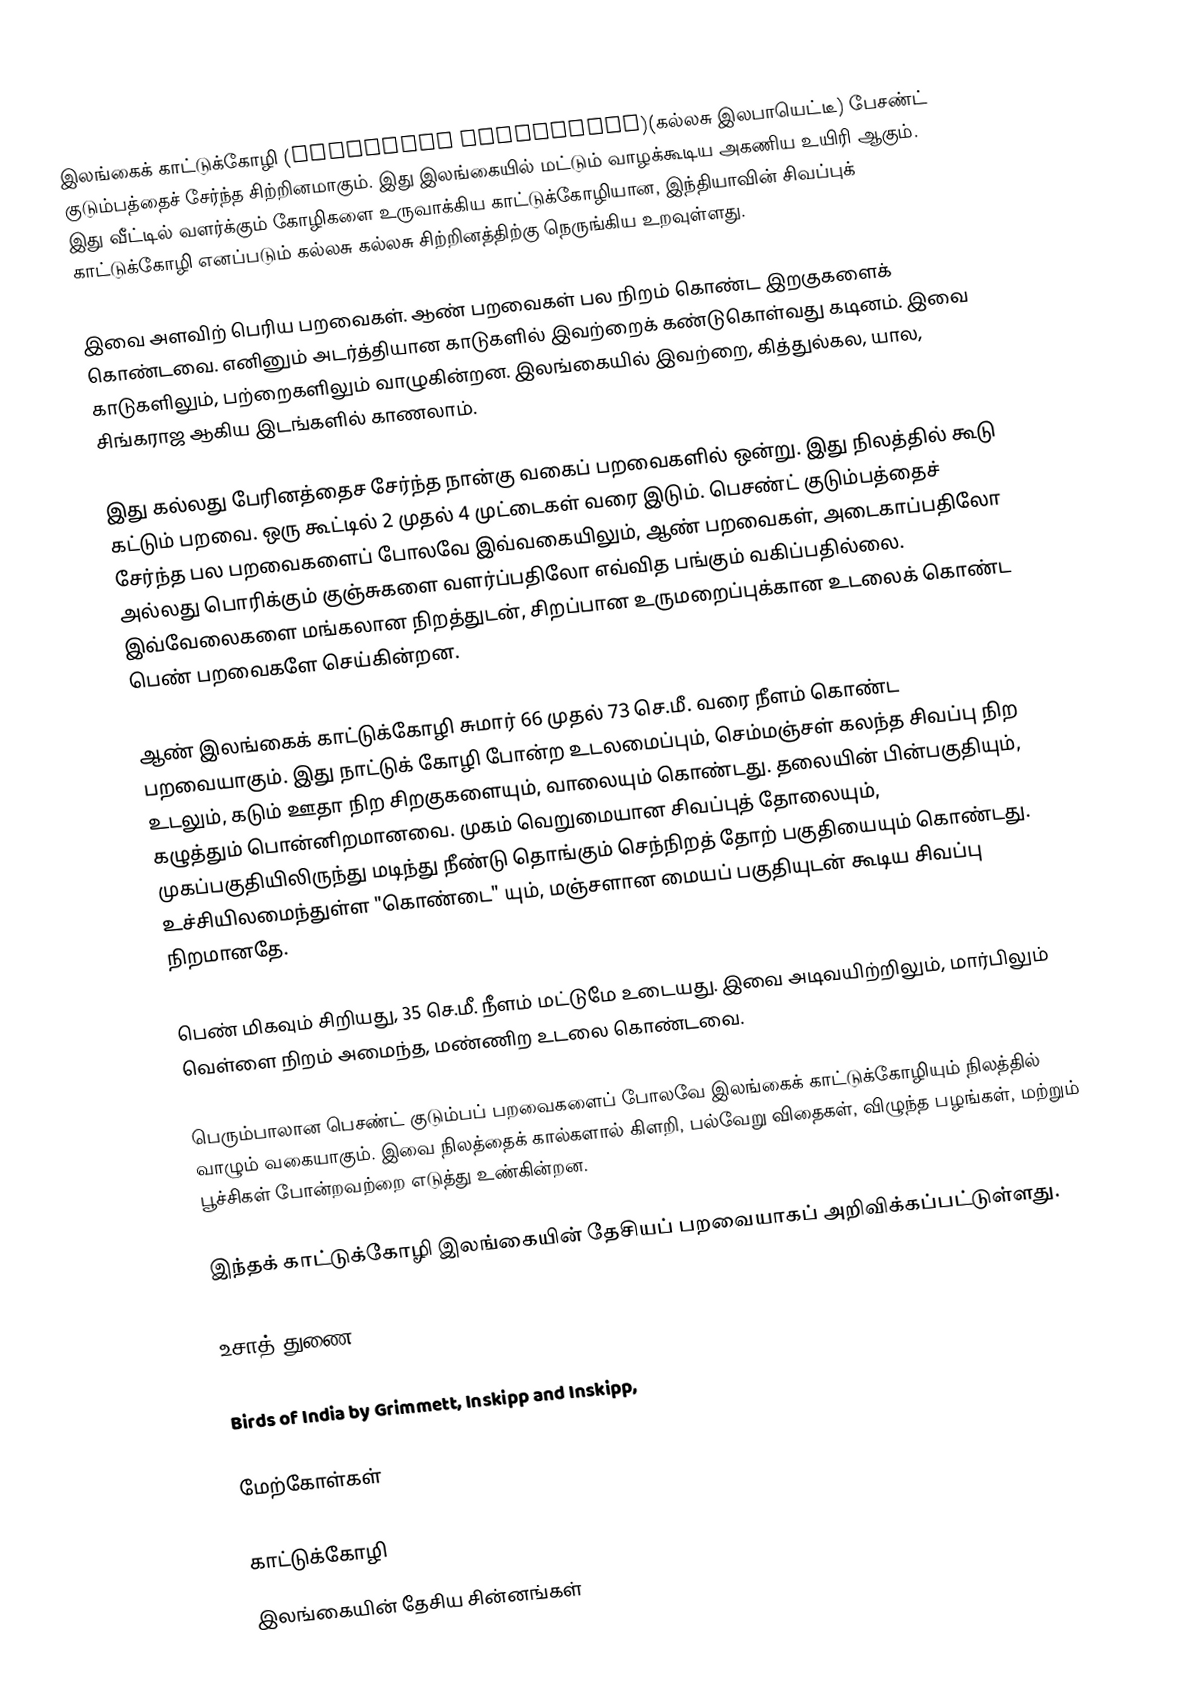
இலங்கைக் காட்டுக்கோழி (Srilankan Junglefowl)(கல்லசு இலபாயெட்டீ) பேசண்ட் குடும்பத்தைச் சேர்ந்த சிற்றினமாகும். இது இலங்கையில் மட்டும் வாழக்கூடிய அகணிய உயிரி ஆகும். இது வீட்டில் வளர்க்கும் கோழிகளை உருவாக்கிய காட்டுக்கோழியான, இந்தியாவின் சிவப்புக் காட்டுக்கோழி எனப்படும் கல்லசு கல்லசு சிற்றினத்திற்கு நெருங்கிய உறவுள்ளது.

இவை அளவிற் பெரிய பறவைகள். ஆண் பறவைகள் பல நிறம் கொண்ட இறகுகளைக் கொண்டவை. எனினும் அடர்த்தியான காடுகளில் இவற்றைக் கண்டுகொள்வது கடினம். இவை காடுகளிலும், பற்றைகளிலும் வாழுகின்றன. இலங்கையில் இவற்றை, கித்துல்கல, யால, சிங்கராஜ ஆகிய இடங்களில் காணலாம்.

இது கல்லது பேரினத்தைச சேர்ந்த நான்கு வகைப் பறவைகளில் ஒன்று. இது நிலத்தில் கூடு கட்டும் பறவை. ஒரு கூட்டில் 2 முதல் 4 முட்டைகள் வரை இடும். பெசண்ட் குடும்பத்தைச் சேர்ந்த பல பறவைகளைப் போலவே இவ்வகையிலும், ஆண் பறவைகள், அடைகாப்பதிலோ அல்லது பொரிக்கும் குஞ்சுகளை வளர்ப்பதிலோ எவ்வித பங்கும் வகிப்பதில்லை. இவ்வேலைகளை மங்கலான நிறத்துடன், சிறப்பான உருமறைப்புக்கான உடலைக் கொண்ட பெண் பறவைகளே செய்கின்றன.

ஆண் இலங்கைக் காட்டுக்கோழி சுமார் 66 முதல் 73 செ.மீ. வரை நீளம் கொண்ட பறவையாகும். இது நாட்டுக் கோழி போன்ற உடலமைப்பும், செம்மஞ்சள் கலந்த சிவப்பு நிற உடலும், கடும் ஊதா நிற சிறகுகளையும், வாலையும் கொண்டது. தலையின் பின்பகுதியும், கழுத்தும் பொன்னிறமானவை. முகம் வெறுமையான சிவப்புத் தோலையும், முகப்பகுதியிலிருந்து மடிந்து நீண்டு தொங்கும் செந்நிறத் தோற் பகுதியையும் கொண்டது. உச்சியிலமைந்துள்ள "கொண்டை" யும், மஞ்சளான மையப் பகுதியுடன் கூடிய சிவப்பு நிறமானதே.

பெண் மிகவும் சிறியது, 35 செ.மீ. நீளம் மட்டுமே உடையது. இவை அடிவயிற்றிலும், மார்பிலும் வெள்ளை நிறம் அமைந்த, மண்ணிற உடலை கொண்டவை.

பெரும்பாலான பெசண்ட் குடும்பப் பறவைகளைப் போலவே இலங்கைக் காட்டுக்கோழியும் நிலத்தில் வாழும் வகையாகும். இவை நிலத்தைக் கால்களால் கிளறி, பல்வேறு விதைகள், விழுந்த பழங்கள், மற்றும் பூச்சிகள் போன்றவற்றை எடுத்து உண்கின்றன.

இந்தக் காட்டுக்கோழி இலங்கையின் தேசியப் பறவையாகப் அறிவிக்கப்பட்டுள்ளது.

உசாத் துணை

 Birds of India by Grimmett, Inskipp and Inskipp,

மேற்கோள்கள்

காட்டுக்கோழி
இலங்கையின் தேசிய சின்னங்கள்